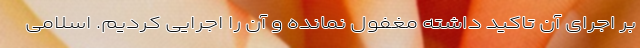
بر اجرای آن تاکید داشته مغفول نمانده و آن را اجرایی کردیم. اسلامی